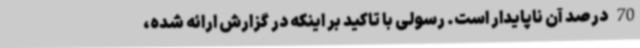
70 درصد آن ناپایدار است. رسولی با تاکید بر اینکه در گزارش ارائه شده،